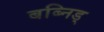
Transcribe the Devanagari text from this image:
बब्निड्